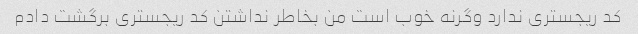
کد ریجستری ندارد وگرنه خوب است من بخاطر نداشتن کد ریجستری برگشت دادم